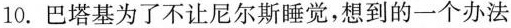
10.巴塔基为了不让尼尔斯睡觉，想到的一个办法